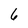
Character: 6